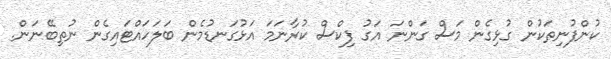
ކުންފުނިތަކުން ގުޅިގެން މަސް ގަންނަ އަގު ފިކްސް ކުރާނަމަ އަޅުގަނޑުމެން ބަލަހައްޓައިގެން ނުތިބޭނަން.